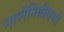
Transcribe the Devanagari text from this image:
नाणेनिधीमध्ये